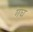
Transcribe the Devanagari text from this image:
गघ